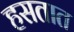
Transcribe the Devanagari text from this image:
हसतात